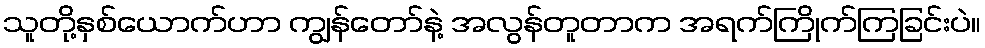
သူတို့နှစ်ယောက်ဟာ ကျွန်တော်နဲ့ အလွန်တူတာက အရက်ကြိုက်ကြခြင်းပဲ။